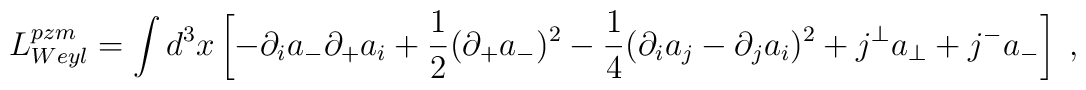
L^{pzm}_{Weyl} = \int d^3{x} \left[ - \partial_i a_{-} \partial_{+}a_i + \frac 1 2 (\partial_{+}a_{-})^2 - \frac 1 4 (\partial_{i}a_j - \partial_{j}a_i)^2 +  j^\perp a_\perp + j^{-} a_{-} \right]\;,